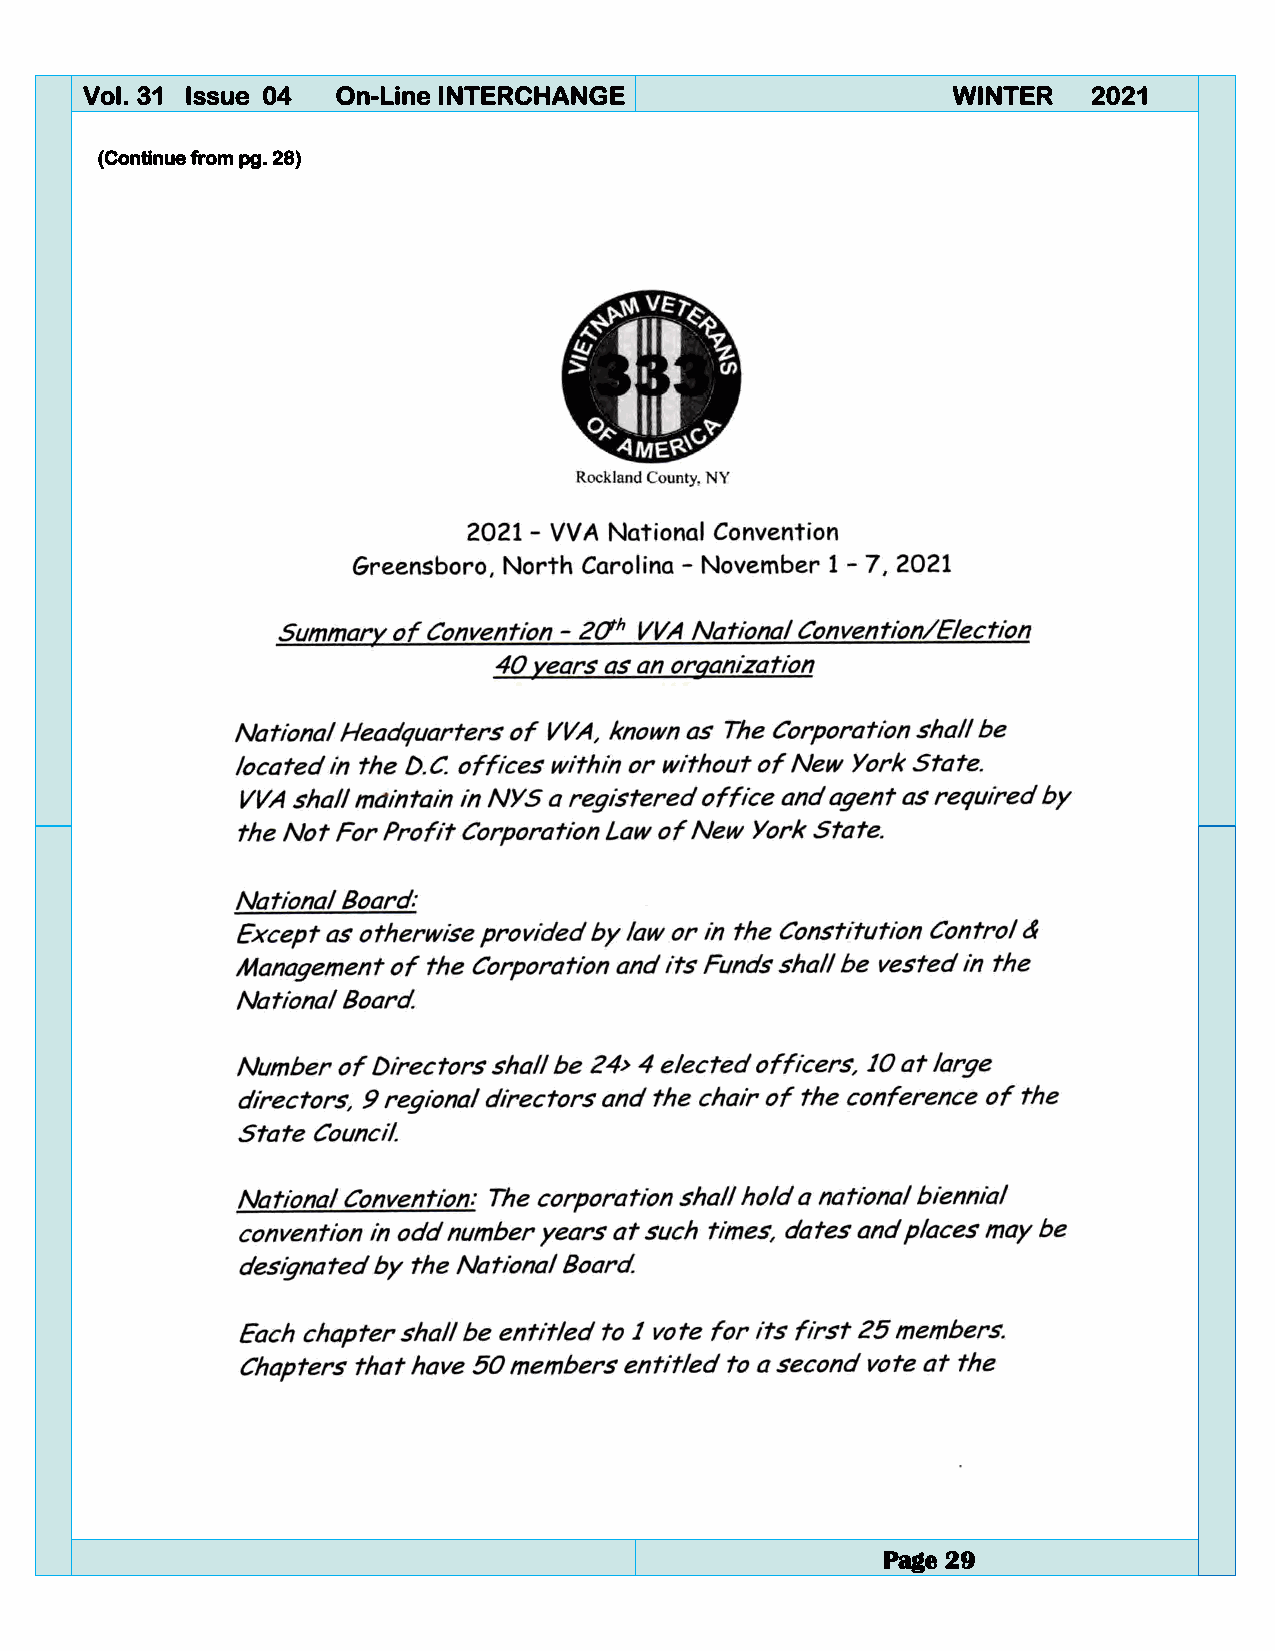
Vol. 31 Issue 04 On-Line INTERCHANGE                      WINTER   2021
 (Continue from pg. 28)
 (Continue on pg. 30)
 Page 29